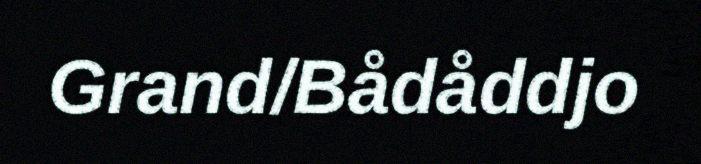
Grand/Bådåddjo